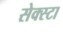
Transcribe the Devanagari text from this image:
सेक्स्टा